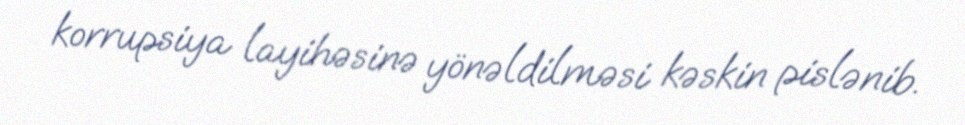
korrupsiya layihəsinə yönəldilməsi kəskin pislənib.